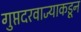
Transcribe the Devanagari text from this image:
गुप्तदरवाज्याकडून